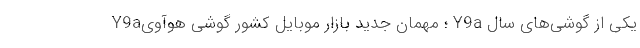
Y9a؛ مهمان جدید بازار موبایل کشور گوشی هوآوی Y9a یکی از گوشی‌های سال